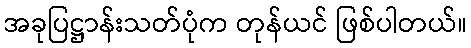
အခုပြဋ္ဌာန်းသတ်ပုံက တုန်ယင် ဖြစ်ပါတယ်။